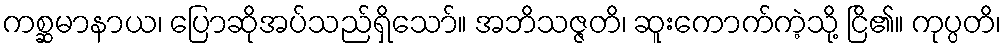
ကစ္ဆမာနာယ၊ ပြောဆိုအပ်သည်ရှိသော်။ အဘိသဇ္ဇတိ၊ ဆူးကောက်ကဲ့သို့ ငြိ၏။ ကုပ္ပတိ၊